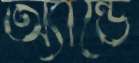
অ্যান্ডে